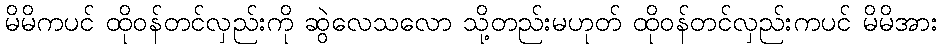
မိမိကပင် ထိုဝန်တင်လှည်းကို ဆွဲလေသလော သို့တည်းမဟုတ် ထိုဝန်တင်လှည်းကပင် မိမိအား